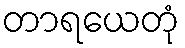
တာရယေတုံ